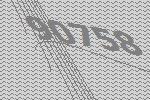
90758